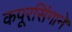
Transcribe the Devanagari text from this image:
कपूरसिंगाने